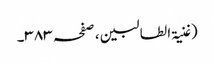
(غنیۃ الطالبین ، صفحہ ٣٨٣۔